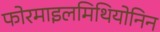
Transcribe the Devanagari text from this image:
फोरमाइलमिथियोनिन